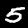
Label: 5